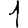
Digit: 1